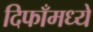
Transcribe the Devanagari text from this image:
दिफाँमध्ये